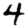
Digit: 4